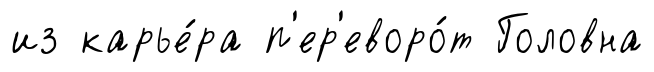
из карье́ра п'ер'еворо́т Головна